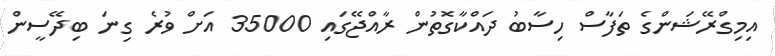
އިމިގްރޭޝަންގެ ތަފާސް ހިސާބު ދައްކާގޮތުން ރާއްޖޭގައި 35000 އަށް ވުރެ ގިނަ ބިދޭސީން